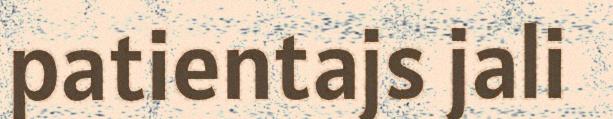
patientajs jali